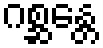
ဂစ္ဆန္တေ